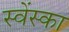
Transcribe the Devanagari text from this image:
स्वेंस्का